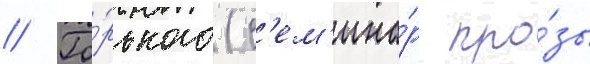
// Го́рького (с'ем'ина́р про́зы